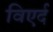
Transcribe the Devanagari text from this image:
विएर्द